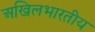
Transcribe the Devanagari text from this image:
अखिलभारतीय